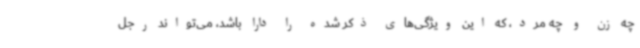
چه زن و چه مرد، که این ویژگی‌های ذکر شده را دارا باشد، می‌تواند رجل